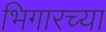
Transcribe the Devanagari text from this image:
भिगारच्या